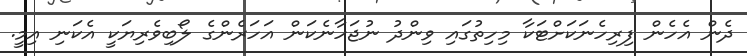
ދެން އެހެން ފިރިހެނަކަށްޓަކާ މިހިތުގައި ވިންދު ނުޖަހާނެކަން އަހަރެންގެ ލޯބިވެރިޔަކީ އެކަނި އިމީ.